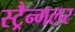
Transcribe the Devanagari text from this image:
स्ट्रैन्गलर